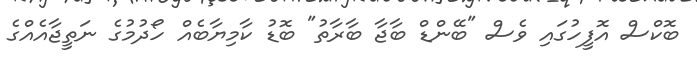
ބޮކްސް އޮފީހުގައި ވެސް "ބޭންޑް ބާޖާ ބާރާތު" ބޮޑު ކާމިޔާބެއް ހޯދުމުގެ ނަތީޖާއެއްގެ